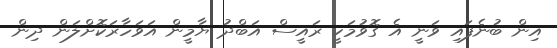
އިން ބުނެފައި ވަނީ އެ ގޮވުމަކީ ރައީސް އަބްދު ޔާމީން އަވަހާރަކޮށްލަން ދިން